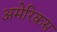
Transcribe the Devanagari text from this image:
अमेरिकस